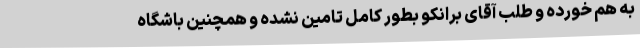
به هم خورده و طلب آقای برانکو بطور کامل تامین نشده و همچنین باشگاه